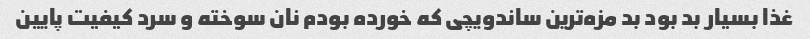
غذا بسیار بد بود بد مزه‌ترین ساندویچی که خورده بودم نان سوخته و سرد کیفیت پایین